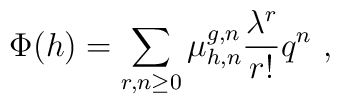
\Phi (h) = \sum_{r,n\geq 0} \mu^{g,n}_{h,n} \frac{\lambda^r}{r!} q^n \ ,